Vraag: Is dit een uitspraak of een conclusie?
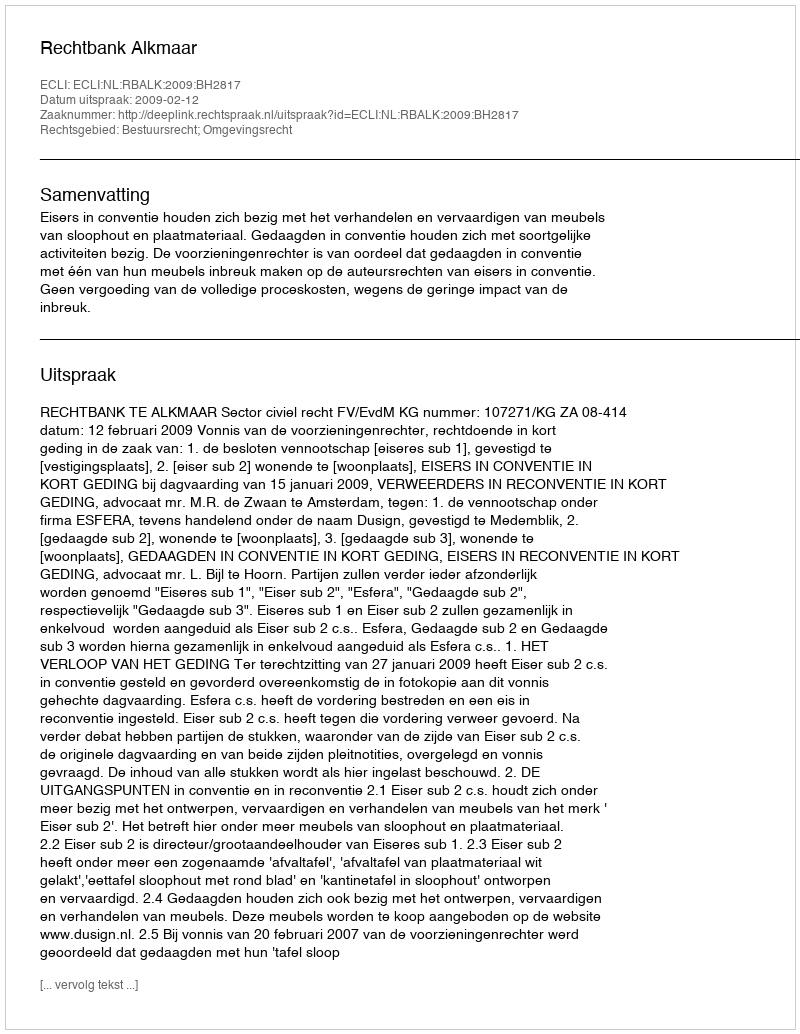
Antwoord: Uitspraak